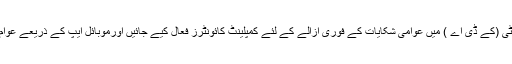
26 ستمبر2018ء) وزیربلدیات سندھ سعید غنی نے کہا ہے کہ کراچی ڈویلپمنٹ اتھارٹی (کے ڈی اے ) میں عوامی شکایات کے فوری ازالے کے لئے کمپلینٹ کائونٹرز فعال کیے جائیں اورموبائل ایپ کے ذریعے عوام کو گھر بیٹھے ان کے مسائل کے حل کے لئے ہنگامی بنیادوں پر اقدامات کئے جائیں۔